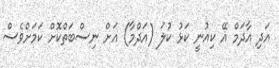
އަދި އާދަމް އޭ ކިއުނީ ކަޅު ކުލަ (އަދްމާ) އަށް ނިސްބަތްކޮށް ކަމަށްވެސް